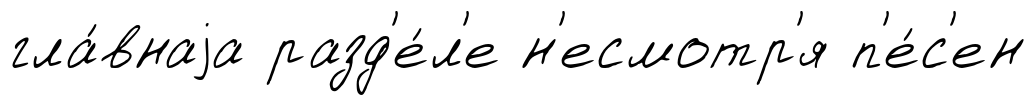
гла́внаjа разд'е́л'е н'есмотр'я п'е́с'ен